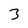
Character: 3